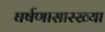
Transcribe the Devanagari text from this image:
घर्षणासारख्या